Sketch of the medical history of the native army of Bombay, for the year
Year: 1876
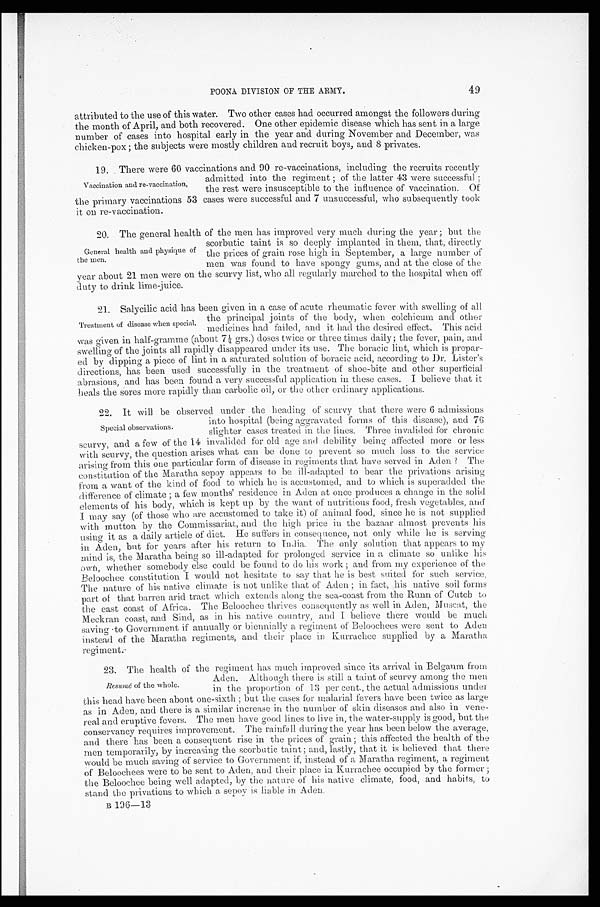
49
POONA DIVISION OF THE ARMY.
attributed to the use of this water. Two other cases had occurred amongst the followers during
the month of April, and both recovered. One other epidemic disease which has sent in a large
number of cases into hospital early in the year and during November and December, was
chicken-pox; the subjects were mostly children and recruit boys, and 8 privates.
19. There were 60 vaccinations and 90 re-vaccinations, including the recruits recently
admitted into the regiment; of the latter 43 were successful;
the rest were insusceptible to the influence of vaccination. Of
the primary vaccinations 53 cases were successful and 7 unsuccessful, who subsequently took
it on re-vaccination.
20. The general health of the men has improved very much during the year; but the
scorbutic taint is so deeply implanted in them, that, directly
the prices of grain rose high in September, a large number of
men was found to have spongy gums, and at the close of the
y e a r a b o u t 2 1 m e n w e r e o n t h e s c u r v y l i s t , w h o a l l r e g u l a r l y m a r c h e d t o t h e h o s p i t a l w h e n o f f
duty to drink lime-juice.
21. Salycilic acid has been given in a case of acute rheumatic fever with swelling of all
the principal joints of the body, when colchicum and other
medicines had failed, and it had the desired effect. This acid
was given in half-gramme (about 7½ grs.) doses twice or three times daily; the fever, pain, and
swelling of the joints all rapidly disappeared under its use. The boracic lint, which is prepar
-ed by dipping a piece of lint in a saturated solution of boracic acid, according to Dr. Lister's
directions, has been used successfully in the treatment of shoe-bite and other superficial
abrasions, and has been found a very successful application in these cases. I believe that it
heals the sores more rapidly than carbolic oil, or the other ordinary applications.
22. It will be observed under the heading of scurvy that there were 6 admissions
into hospital (being aggravated forms of this disease), and 76
slighter cases treated in the lines. Three invalided for chronic
scurvy, and a few of the 14 invalided for old age and debility being affected more or less
with scurvy, the question arises what can be done to prevent so much loss to the service
arising from this one particular form of d i sease in regiments that have served in Aden? The
constitution of the Maratha sepoy appears to be ill-adapted to bear the privations arising
from a want of the kind of food to which he is accustomed, and to which is superadded the
difference of climate; a few months' residence in Aden at once produces a change in the solid
elements of his body, which is kept up by the want of nutritious food, fresh vegetables, and
I may say (of those who are accustomed to take it) of animal food, since he is not supplied
with mutton by the Commissariat, and the high price in the bazaar almost prevents his
using it as a daily article of diet. He suffers in consequence, not only while he is serving
in Aden, but for years after his return to India. The only solution that appears to my
mind is, the Maratha being so ill-adapted for prolonged service in a climate so unlike his
own, whether somebody else could be found to do his work; and from my experience of the
Beloochee constitution I would not hesitate to say that he is best suited for such service,
The nature of his native climate is not unlike that of Aden; in fact, his native soil forms
part of that barren arid tract which extends along the sea-coast from the Runn of Cutch to
the east coast of Africa. The Beloochee thrives consequently as well in Aden, Muscat, the
Meckran coast, and Sind, as in his native country, and I believe there would be much
saving to Government if annually or biennially a regiment of Beloochees were sent to Aden
instead of the Maratha regiments, and their place in Kurrachee supplied by a Maratha
regiment
23. The health of the regiment has much improved since its arrival in Belgaum from
Aden. Although there is still a taint of scurvy among the men
in the proportion of 13 per cent, the actual admissions under
this head have been about one-sixth; but the cases for malarial fevers have been twice as large
as in Aden, and there is a similar increase in the number of skin diseases and also in vene
- r e a l a n d e r u p t i v e f e v e r s . T h e m e n h a v e g o o d l i n e s t o l i v e i n , t h e w a t e r - s u p p l y i s g o o d , b u t t h e
conservancy requires improvement. The rainfall during the year has been below the average,
and there has been a consequent rise in the prices of grain; this affected the health of the
men temporarily, by increasing the scorbutic taint; and, lastly, that it is believed that there
would be much saving of service to Government if, instead of a Maratha regiment a regiment
of Beloochees were to be sent to Aden, and their place in Kurrachee occupied by the former;
the Beloochee being well adapted, by the nature of his native climate, food, and habits, to
stand the privations to which a sepoy is liable in Aden.
B 196—13
Vaccination and re-vaccination.
General health and physique of
the men.
Treatment of disease when special.
Special observations
Resumé of the whole.